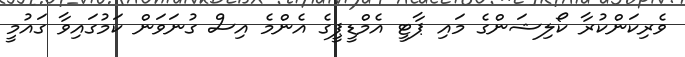
ވެރިކަންކުރާ ކޯލިޝަންގެ މައި ޕާޓީ އެމްޑީޕީގެ އެންމެ އިސް ގުނަވަން ކަމުގައިވާ ގައުމީ